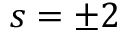
s = \pm 2